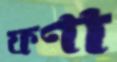
ফণা